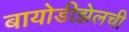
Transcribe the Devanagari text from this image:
बायोडीझेलची